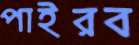
পাইরব